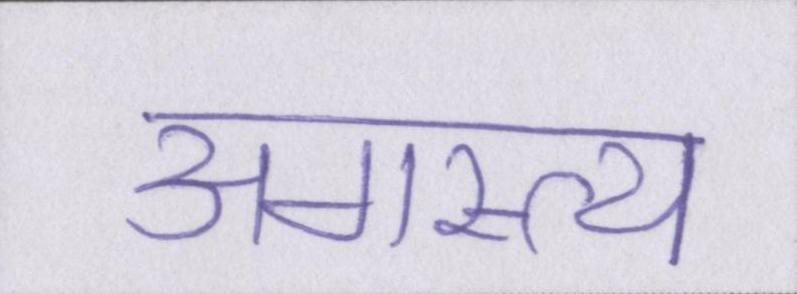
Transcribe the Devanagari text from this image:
अगस्त्य